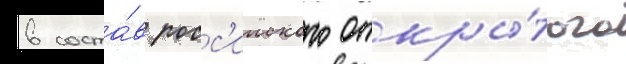
в соста́в росс'ииского откры́того